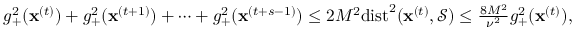
\begin{array} { r } { g _ { + } ^ { 2 } ( { \mathbf x } ^ { ( t ) } ) + g _ { + } ^ { 2 } ( { \mathbf x } ^ { ( t + 1 ) } ) + \cdots + g _ { + } ^ { 2 } ( { \mathbf x } ^ { ( t + s - 1 ) } ) \leq 2 M ^ { 2 } \mathrm { d i s t } ^ { 2 } ( { \mathbf x } ^ { ( t ) } , \mathcal { S } ) \leq \frac { 8 M ^ { 2 } } { \nu ^ { 2 } } g _ { + } ^ { 2 } ( { \mathbf x } ^ { ( t ) } ) , } \end{array}